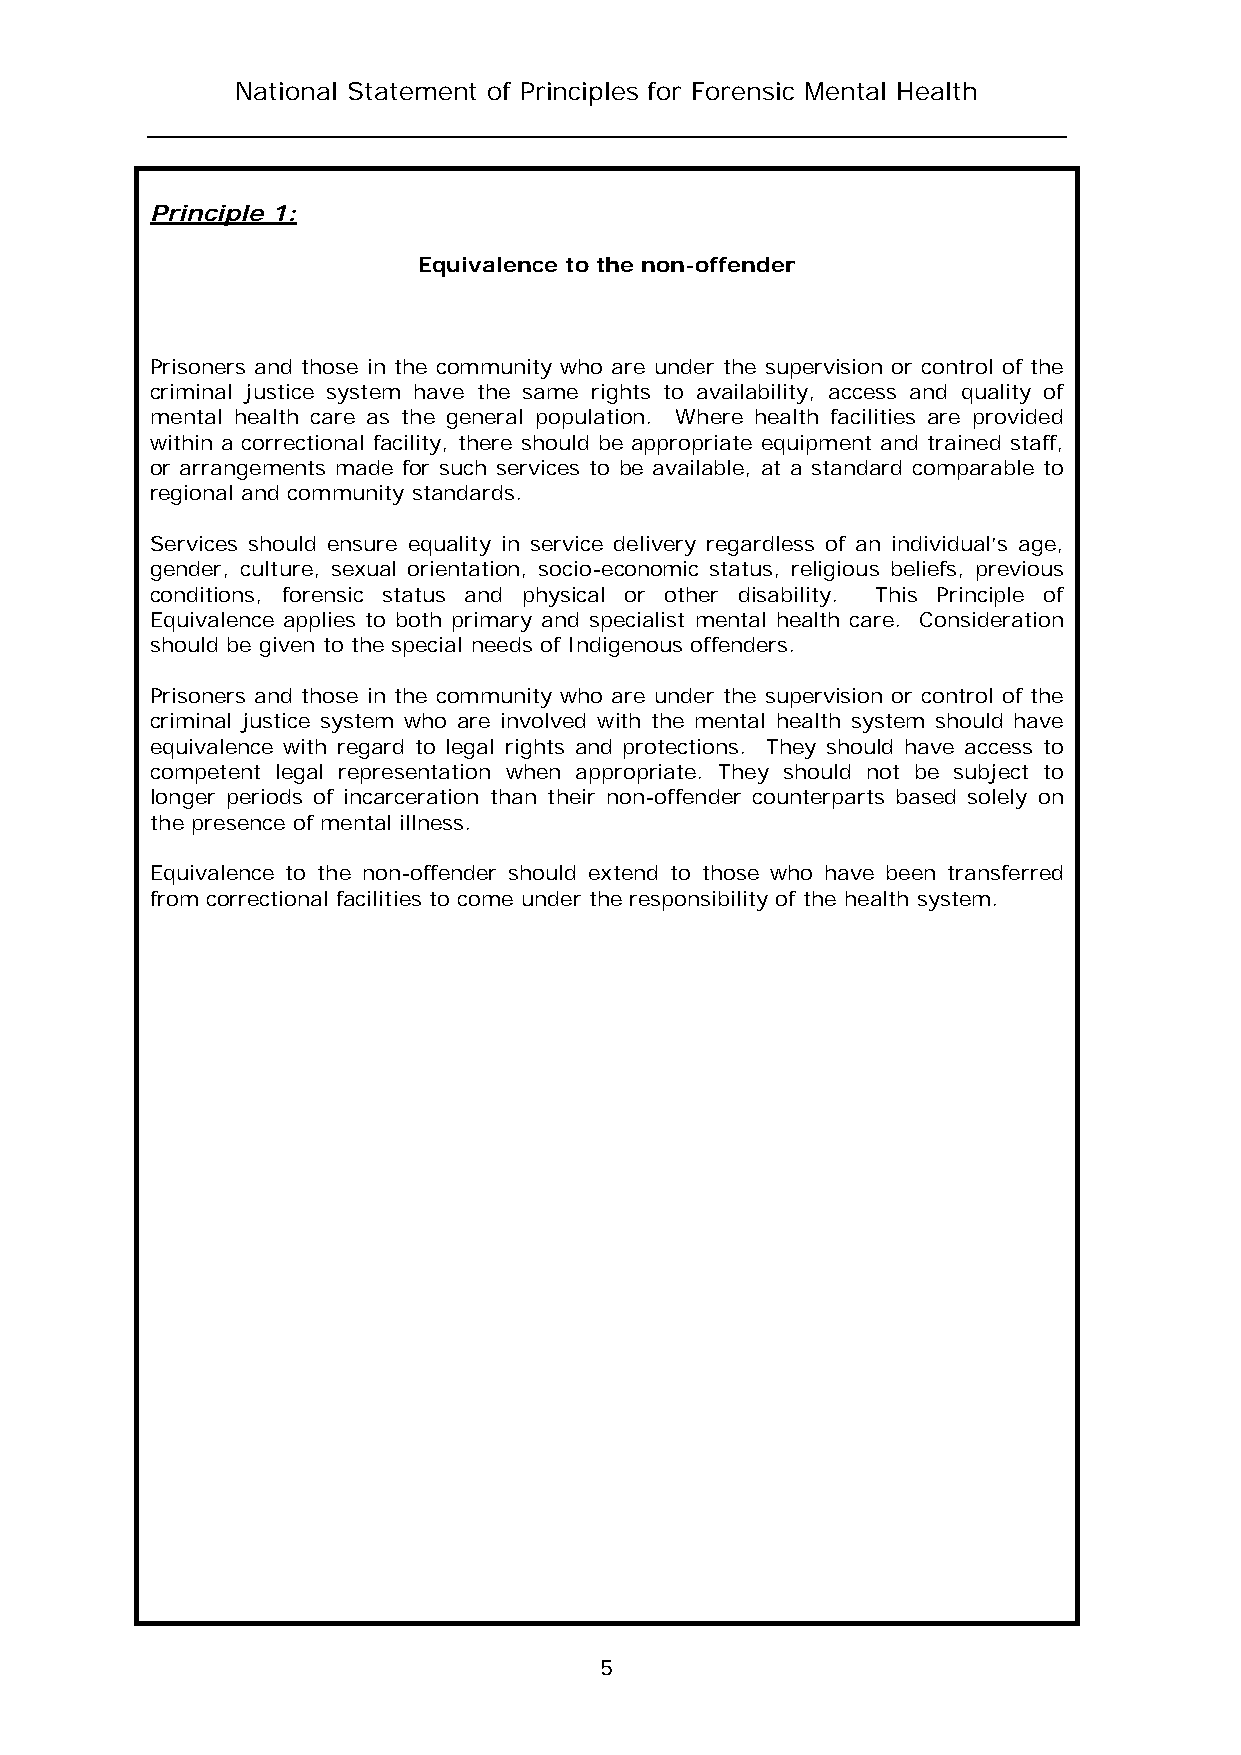
National Statement of Principles for Forensic Mental Health
 Principle 1:
 Equivalence to the non-offender
 Prisoners and those in the community who are under the supervision or control of the
 criminal justice system have the same rights to availability, access and quality of
 mental health care as the general population. Where health facilities are provided
 within a correctional facility, there should be appropriate equipment and trained staff,
 or arrangements made for such services to be available, at a standard comparable to
 regional and community standards.
 Services should ensure equality in service delivery regardless of an individual’s age,
 gender, culture, sexual orientation, socio-economic status, religious beliefs, previous
 conditions, forensic status and physical or other disability. This Principle of
 Equivalence applies to both primary and specialist mental health care. Consideration
 should be given to the special needs of Indigenous offenders.
 Prisoners and those in the community who are under the supervision or control of the
 criminal justice system who are involved with the mental health system should have
 equivalence with regard to legal rights and protections. They should have access to
 competent legal representation when appropriate. They should not be subject to
 longer periods of incarceration than their non-offender counterparts based solely on
 the presence of mental illness.
 Equivalence to the non-offender should extend to those who have been transferred
 from correctional facilities to come under the responsibility of the health system.
 5